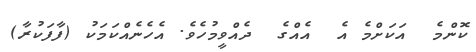
ކޮންމެ  އަކަށްމެ އެ  އެއްގެ  ދެއްވީމުހެވެ. އެހެނެއްކަމަކު (ފާފަކުރާ)